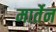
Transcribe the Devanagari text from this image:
मार्तेन